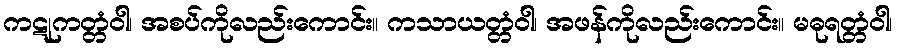
ကဋုကတ္တံဝါ၊ အစပ်ကိုလည်းကောင်း။ ကသာယတ္တံဝါ၊ အဖန်ကိုလည်းကောင်း။ မဓုရတ္တံဝါ၊